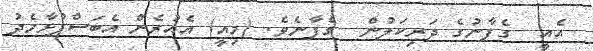
އެއީ  ގެފާނުގެ ދަރިކަލުން  ގެފާނެވެ. (މިއީ) އެއުރެން އެބަސްފުޅާމެދު